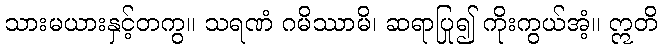
သားမယားနှင့်တကွ။ သရဏံ ဂမိဿာမိ၊ ဆရာပြု၍ ကိုးကွယ်အံ့။ ဣတိ